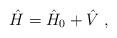
LaTeX: \begin{align*}\hat H=\hat H_0+\hat V\;, \end{align*}